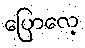
ပြောလေ့